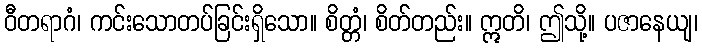
ဝီတရာဂံ၊ ကင်းသောတပ်ခြင်းရှိသော။ စိတ္တံ၊ စိတ်တည်း။ ဣတိ၊ ဤသို့။ ပဇာနေယျ၊